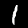
Digit: 1